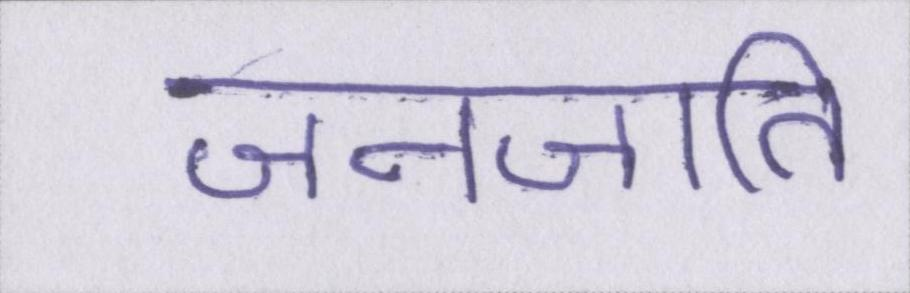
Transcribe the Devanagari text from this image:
जनजाति